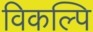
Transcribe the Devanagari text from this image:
विकल्पि